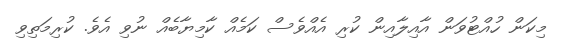
މިކަން ހުއްޓުވަން އާއިލާއިން ކުރި އެއްވެސް ކަމެއް ކާމިޔާބެއް ނުވި އެވެ. ކުރިމަތިވި